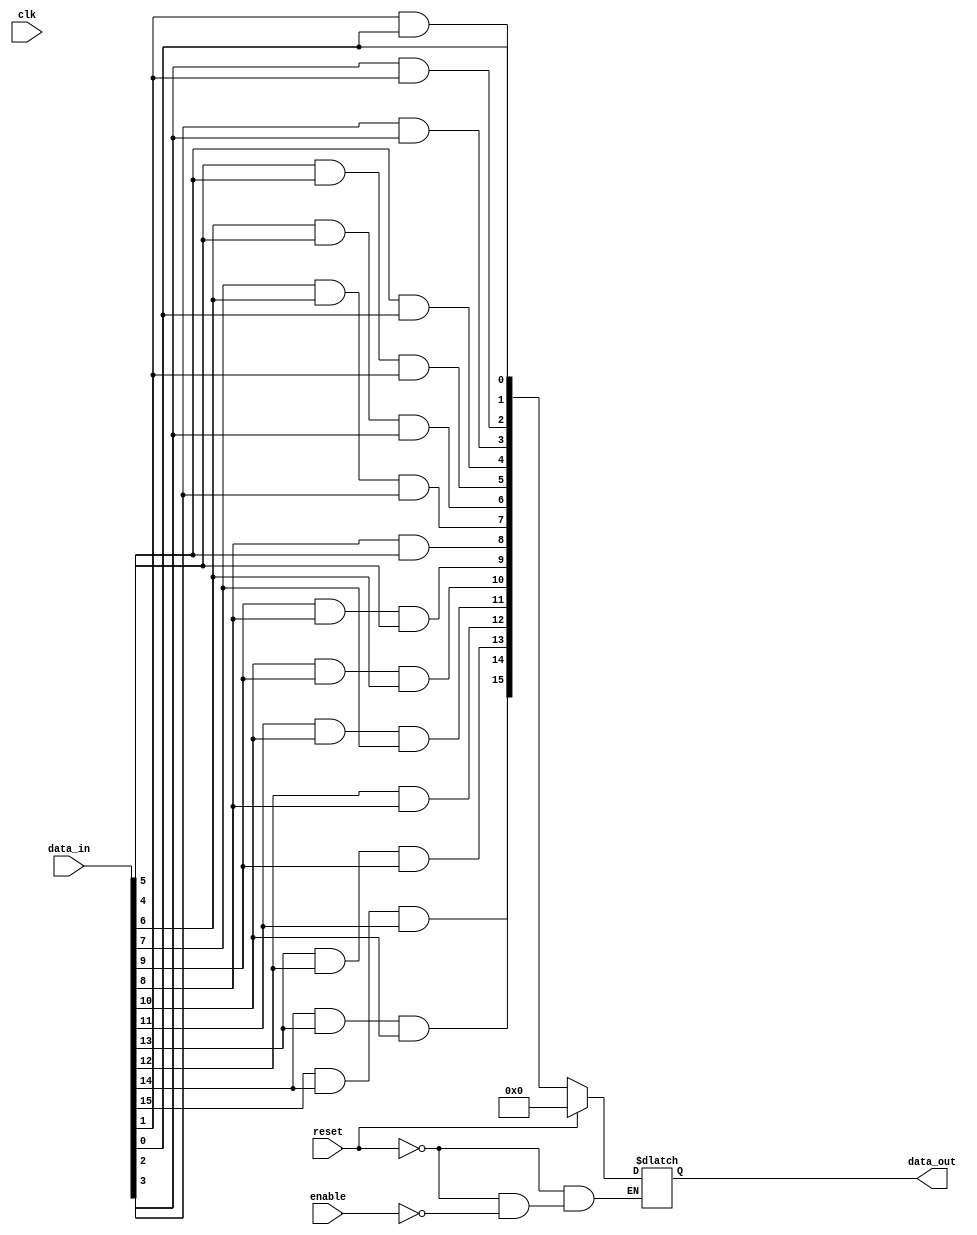
module AdjacencyGroups #(
    parameter WIDTH = 4,          // Number of input signals per row
    parameter HEIGHT = 4,         // Number of rows
    parameter OPERATION = "AND"   // Operation: "AND", "OR", "XOR"
)(
    input wire clk,
    input wire reset,
    input wire enable,
    input wire [WIDTH*HEIGHT-1:0] data_in,  // Flattened 2D input signals
    output reg [WIDTH*HEIGHT-1:0] data_out   // Flattened output signals
);

    // Internal signals
    reg [WIDTH-1:0] group_result [0:HEIGHT-1]; // Array to hold results for each row

    integer i, j;

    // Combinational logic for processing adjacency groups
    always @(*) begin
        if (reset) begin
            data_out = 0;
        end else if (enable) begin
            for (i = 0; i < HEIGHT; i = i + 1) begin
                // Initialize group_result for the current row
                group_result[i] = 0;

                for (j = 0; j < WIDTH; j = j + 1) begin
                    // Check for adjacency (left and right neighbors)
                    if (j > 0) begin
                        // Perform operation with left neighbor
                        case (OPERATION)
                            "AND": group_result[i][j] = data_in[i*WIDTH + j] & data_in[i*WIDTH + (j-1)];
                            "OR":  group_result[i][j] = data_in[i*WIDTH + j] | data_in[i*WIDTH + (j-1)];
                            "XOR": group_result[i][j] = data_in[i*WIDTH + j] ^ data_in[i*WIDTH + (j-1)];
                            default: group_result[i][j] = 0;
                        endcase
                    end else begin
                        // First element in the row, no left neighbor
                        group_result[i][j] = data_in[i*WIDTH + j];
                    end

                    // Check for adjacency (up and down neighbors)
                    if (i > 0) begin
                        // Perform operation with upper neighbor
                        case (OPERATION)
                            "AND": group_result[i][j] = group_result[i][j] & data_in[(i-1)*WIDTH + j];
                            "OR":  group_result[i][j] = group_result[i][j] | data_in[(i-1)*WIDTH + j];
                            "XOR": group_result[i][j] = group_result[i][j] ^ data_in[(i-1)*WIDTH + j];
                            default: group_result[i][j] = 0;
                        endcase
                    end
                end
            end

            // Combine results into data_out
            for (i = 0; i < HEIGHT; i = i + 1) begin
                for (j = 0; j < WIDTH; j = j + 1) begin
                    data_out[i*WIDTH + j] = group_result[i][j];
                end
            end
        end else begin
            data_out = data_out; // Hold previous output if not enabled
        end
    end

endmodule